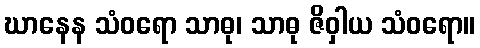
ဃာနေန သံဝရော သာဓု၊ သာဓု ဇိဝှါယ သံဝရော။